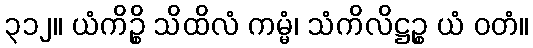
၃၁၂။ ယံကိဉ္စိ သိထိလံ ကမ္မံ၊ သံကိလိဋ္ဌဉ္စ ယံ ဝတံ။